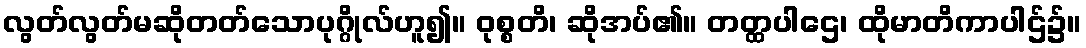
လွတ်လွတ်မဆိုတတ်သောပုဂ္ဂိုလ်ဟူ၍။ ဝုစ္စတိ၊ ဆိုအပ်၏။ တတ္ထပါဌေ၊ ထိုမာတိကာပါဌ်၌။